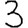
Digit: 3